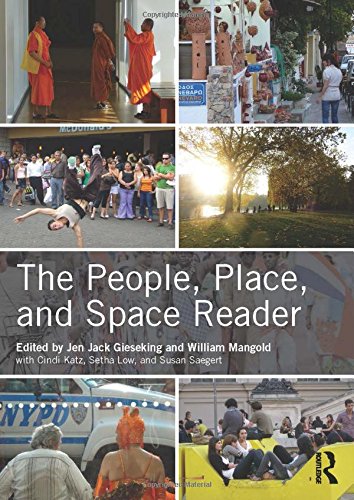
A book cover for The People, Place, and Space Reader; Arts & Photography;